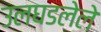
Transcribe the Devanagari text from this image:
उलघडलेले